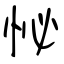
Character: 怭